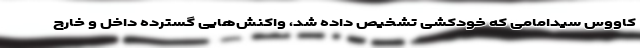
کاووس سیدامامی که خودکشی تشخیص داده شد، واکنش‌هایی گسترده داخل و خارج